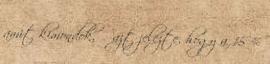
amit kimondok, ő azt jelezte, hogy a 15 %